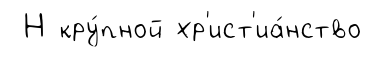
Н кру́пной хр'ист'иа́нство